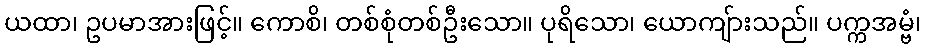
ယထာ၊ ဥပမာအားဖြင့်။ ကောစိ၊ တစ်စုံတစ်ဦးသော။ ပုရိသော၊ ယောကျ်ားသည်။ ပက္ကအမ္ဗံ၊